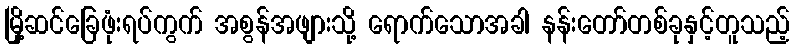
မြို့ဆင်ခြေဖုံးရပ်ကွက် အစွန်အဖျားသို့ ရောက်သောအခါ နန်းတော်တစ်ခုနှင့်တူသည့်